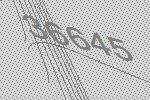
36645